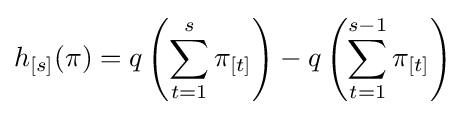
h_{[s]}(\mathbf {\pi } )=q\left(\sum \limits _{t=1}^{s}\pi _{[t]}\right)-q\left(\sum \limits _{t=1}^{s-1}\pi _{[t]}\right)